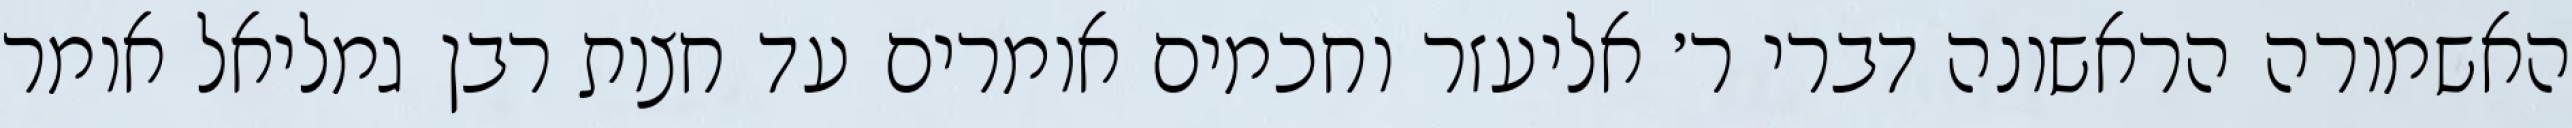
האשמורה הראשונה דברי ר׳ אליעזר וחכמים אומרים עד חצות רבן גמליאל אומר